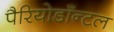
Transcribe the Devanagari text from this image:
पैरियोडाँन्टल